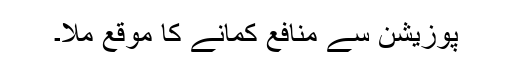
پوزیشن سے منافع کمانے کا موقع ملا۔